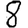
Digit: 8